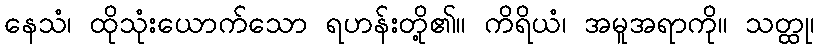
နေသံ၊ ထိုသုံးယောက်သော ရဟန်းတို့၏။ ကိရိယံ၊ အမူအရာကို။ သတ္ထု၊